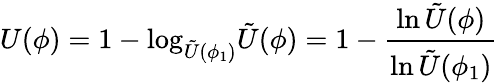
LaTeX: U(\phi)=1-\mathrm{log}_{\tilde{U}(\phi_{1})}\tilde{U}(\phi)=1-\frac{\mathrm{ln}\, \tilde{U}(\phi)}{\mathrm{ln}\, \tilde{U}(\phi_{1})}